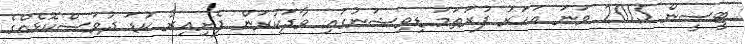
ޓީސީން 2015 ވަނަ އަހަރު ފުރަތަމަ ޑިވިޝަނުގައި ވާދަކުރަން ފެށިއިރު ކުޑަ ދުވަސްކޮޅެއްގެ